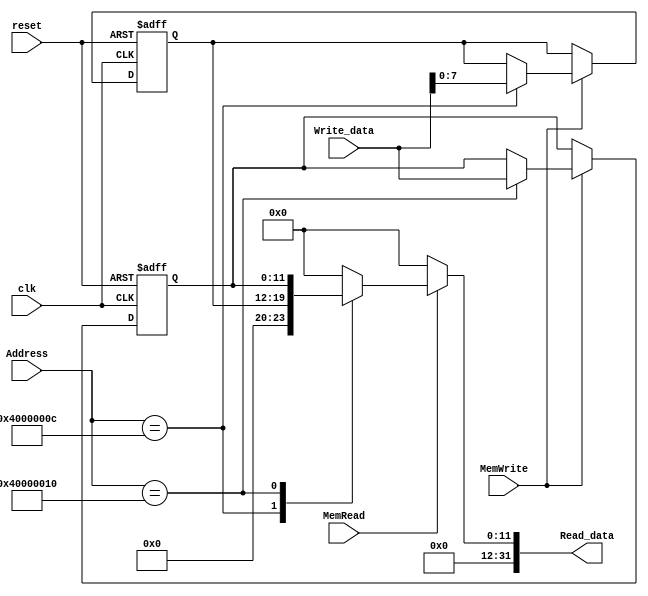
module DeviceControl(reset, clk, Address, Write_data, Read_data, MemRead, MemWrite);
	input reset, clk;
	input [31:0] Address;
	input [11:0] Write_data;
	input MemRead, MemWrite;
	output reg [31:0] Read_data;
	
	reg [7:0] LED;
	reg [11:0] DIGI;
	
	always @(*)begin
		if(MemRead)begin
			case(Address)
				32'h4000000C: Read_data <= {24'b0,LED};
				32'h40000010: Read_data <= {20'b0,DIGI};
				default: Read_data <= 32'b0;
			endcase
		end
		else Read_data <= 32'b0;
	end
	
	integer i;
	always @(posedge reset or posedge clk)begin
		if(reset)begin
			LED <= 8'b0;
			DIGI <= 12'b0;
		end
		else if(MemWrite)begin
			case(Address)
				32'h4000000C: LED <= Write_data[7:0];
				32'h40000010: DIGI <= Write_data[11:0];
			endcase
		end
	end		
endmodule